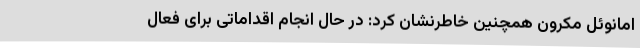
امانوئل مکرون همچنین خاطرنشان کرد: در حال انجام اقداماتی برای فعال